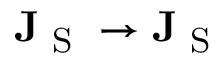
\mathbf { J } _ { \textrm { S } } \rightarrow \mathbf { J } _ { \textrm { S } }